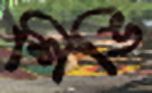
শিঙি